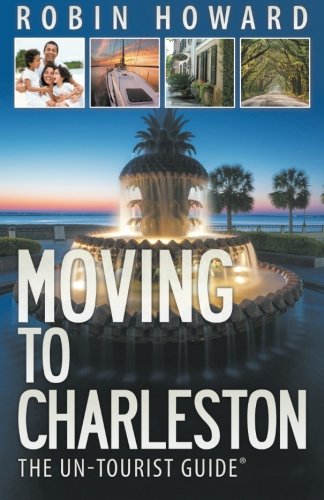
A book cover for Moving to Charleston: The Un-Tourist Guide; Robin Howard; Travel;